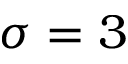
\sigma = 3